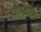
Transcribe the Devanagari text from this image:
वाष्शील